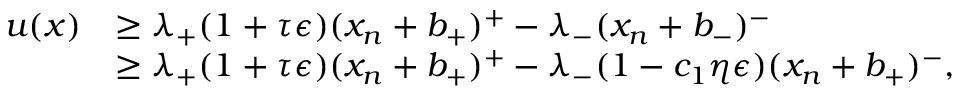
\begin{array} { r l } { u ( x ) } & { \geq \lambda _ { + } ( 1 + \tau \epsilon ) ( x _ { n } + b _ { + } ) ^ { + } - \lambda _ { - } ( x _ { n } + b _ { - } ) ^ { - } } \\ & { \geq \lambda _ { + } ( 1 + \tau \epsilon ) ( x _ { n } + b _ { + } ) ^ { + } - \lambda _ { - } ( 1 - c _ { 1 } \eta \epsilon ) ( x _ { n } + b _ { + } ) ^ { - } , } \end{array}